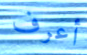
أعرف